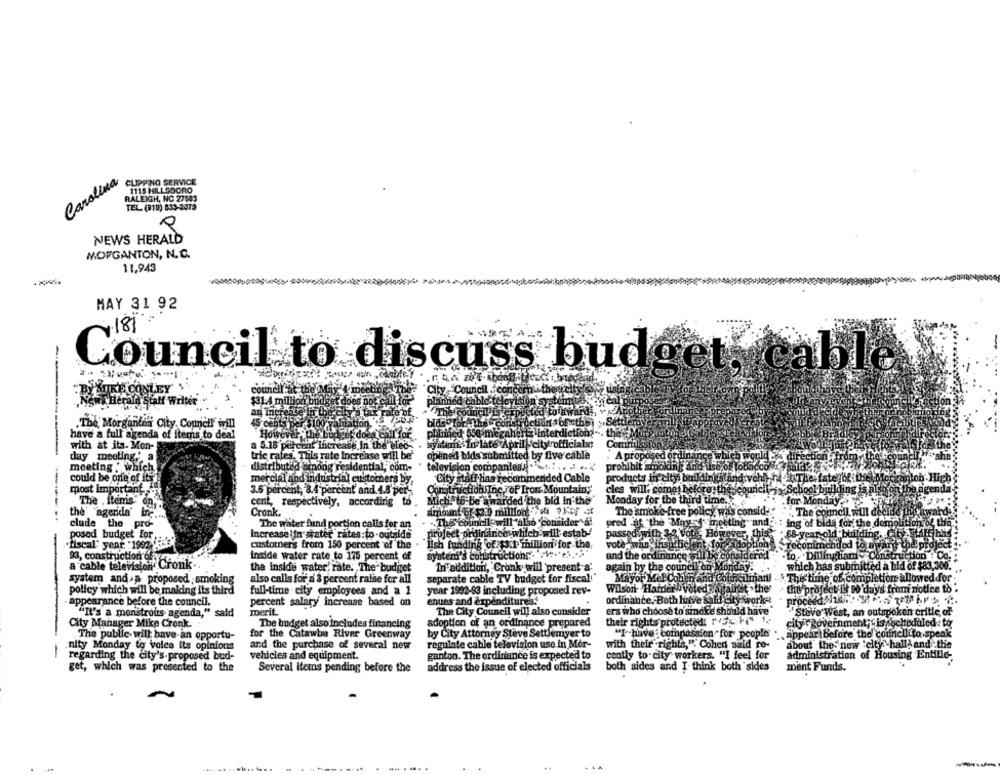
Carolina
CLIPPING SERVICE
1115 HILLSBORO
RALEIGH, NC 27583
TEL. (818) 833-2073
NEWS HERALD
MORGANTON, N.C.
11,943
MAY 31 92
Council to discuss budget, cable
---.
BITTE CONLEY
councilFat the M
neil : core
„.N
w. Heraid Staff Writer
$31.4 million budget does not c
bletteley!
an increate
.The Morganton City Council will
45 cents p
tion."
Settlemby
have a full agenda of items to deal
the
with at its. Mon-
a 5.18 percent increase in the elec-
system In late April city officials;
Commis
day meeting," a
tric rates. This rate Increase will be'
opened bids submitted by five cable
A proposed ordinance which would
television companies.
prohibit smoking and use of tobacco . Falas,
meeting : which
distributed am
among residential, com-
could be one of its
mercial and industrial customers by
City staff has recommended Cable
products in cityi buildings and vehl), ha at The fate ofit
Construction Inc. of Iron Mountain
hool building i
most important
3.5 percent, 8.4 percent and 4.5 per,
cles will' comas before:t
The . items On
cent, respectively, according to .
Mich. to be awarded the bid in the
Monday for the third time.
for Monda
Cronk.
amount of- $2.9 millfont ? ela
The smoke-free policy wiis consid-"
.The council, will della
the' "agenda' In-
clade the pro-
The water fund portion calls for an
-. The council will"also "consider"!
pred af "the May "" melting"and.
ing of bids for the demolition
posed budget for
increase In water rates:to - outside
project ordinance which will estab-
passed with 32 vote; However
8-year-old building.
fiscal' year : 19920
customers from 150 percent of the
lish funding of $3.1 million for the.
vote:was insufficient for ad
mended
93, construction of
Inside water rate to 175 percent of
system's constructionr. w.
and the ordinance:
-to. Dillingham - Constru
a cable television"
on Cronk.
the inside water, rate. The budget
In addition, Cronk will present a:
again by the council on Monday.
.which has submitted a bid of $83,300.
system and.a proposed smoking
also calls for a 3 percent raise for all
separate cable TV budget for fiscal"
Mayor Mel Cohen and Cofficilman!
The time of completion allowed for
Wilson Harder ' voted against the
the project is 90 days from notice to
policy which will be making its third
full-time city employees and a 1
year 1992-93 including proposed rev-
appearance before the council.
percent salary increase based on
enues and expenditures:
ordinance. Both luive saltf City work-
proceed.
merit
The City Council will also consider
ers who choose to smoke should have"
Steve West, an outspoken critic of
"It's a monstrous agenda," said
their rights protected 1 5-
City Manager Mike Cronk.
The budget also includes financing
adoption of an ordinance prepared
city government;t is scheduled : to
The public- will have-an opportu-
for the Catawba River Greenway
by City Attorney Steve Settlemyer to
"I-have : compassion for people
.. appear Before the cornell to speak
regulate cable television use in Mor-
with their rights," Cohen said re-
about the: new city hall) and the
nity Monday to voice its opinions
and the purchase of several new
regarding the city's-proposed bud-
vehicles and equipment.
ganton. The ordinance is expected to
cently to city workers. "I feel for
administration of Housing Entille-
get, which was presented to the
address the issue of elected officials
both sides and I think both sides
ment Funds.
Several Items pending before the
---